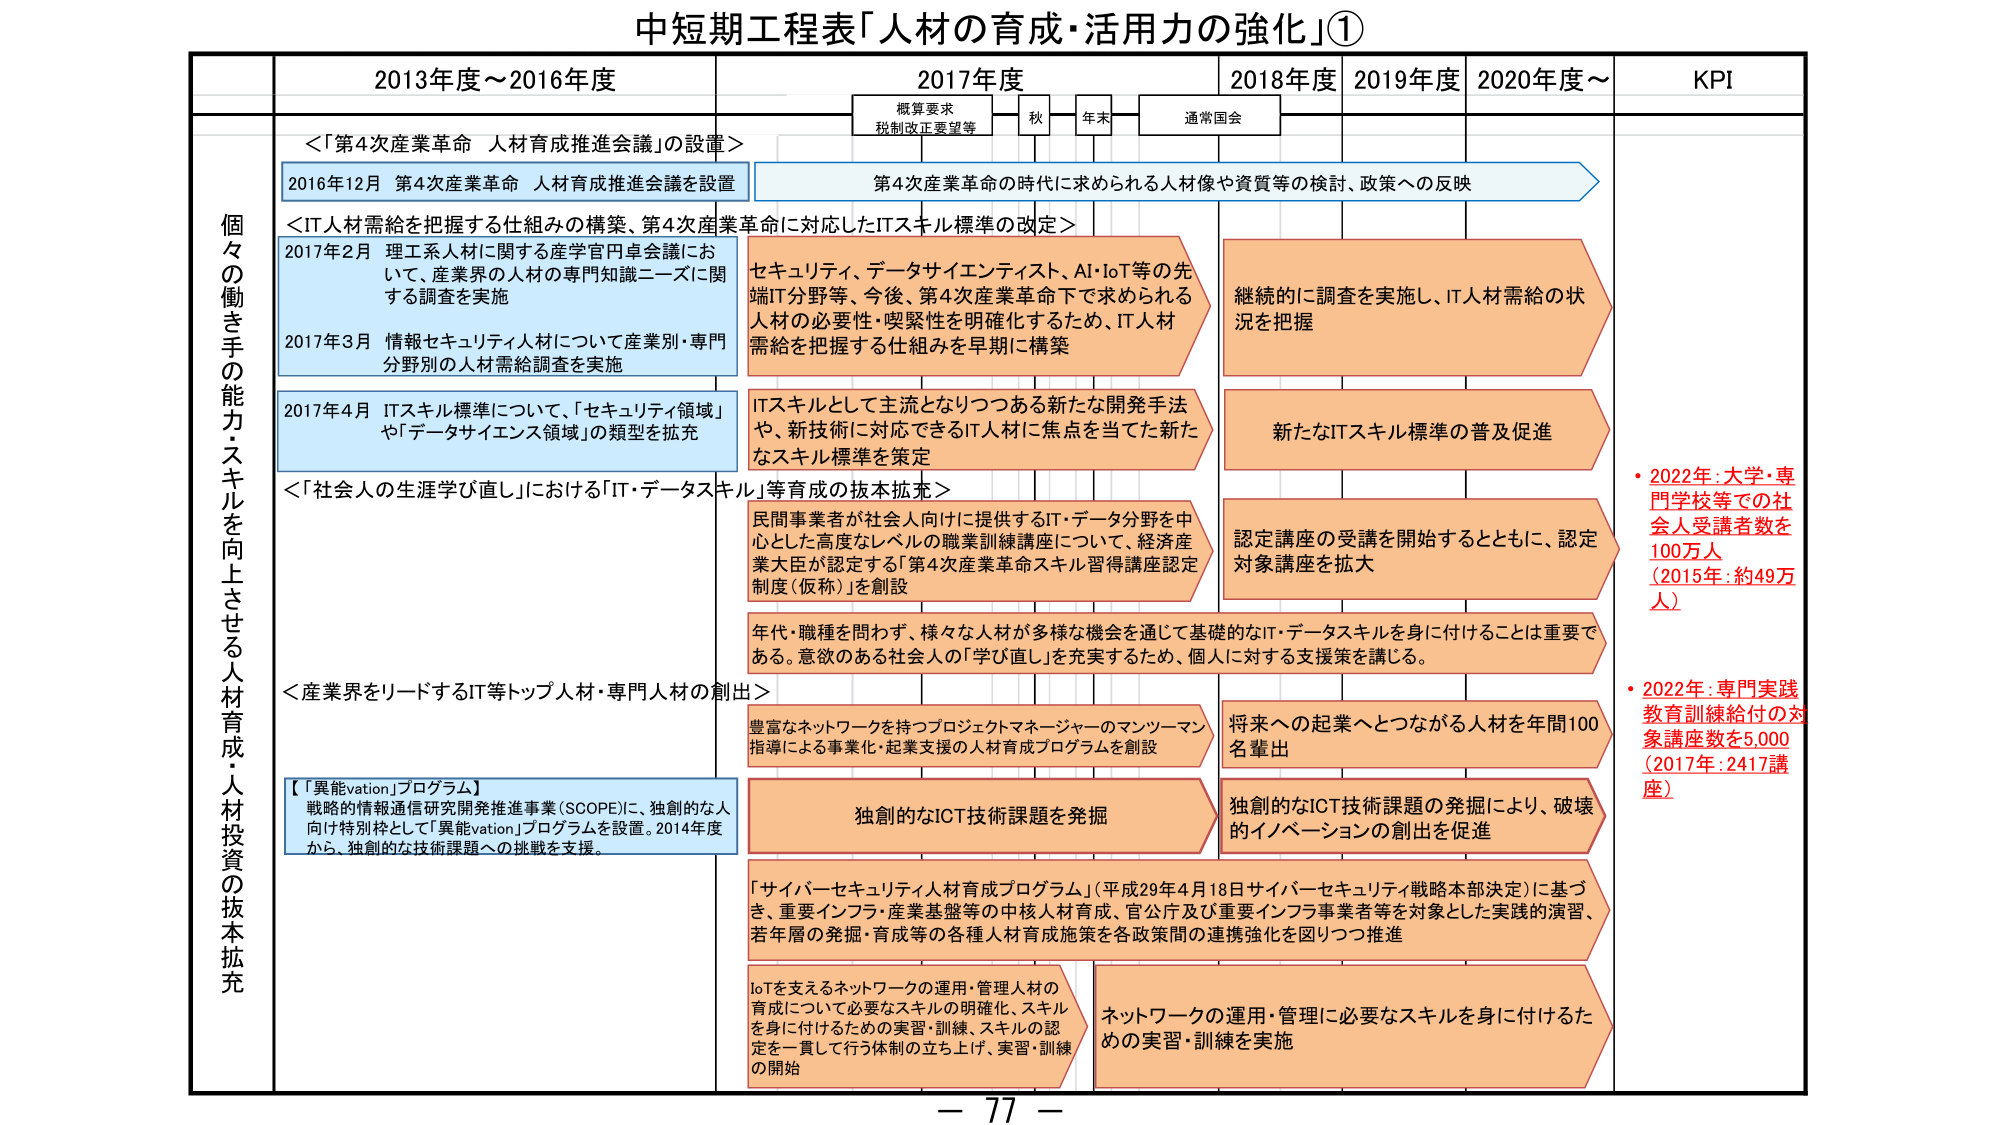
中短期工程表「人材の育成・活用力の強化」①

2013年度～2016年度
2017年度
2018年度
2019年度
2020年度～
KPI

概算要求
税制改正要望等
秋
年末
通常国会

個々の働き手の能力・スキルを向上させる人材育成・人材投資の抜本拡充

＜「第4次産業革命 人材育成推進会議」の設置＞
2016年12月 第4次産業革命 人材育成推進会議を設置
第4次産業革命の時代に求められる人材像や資質等の検討、政策への反映

＜IT人材需給を把握する仕組みの構築、第4次産業革命に対応したITスキル標準の改定＞
2017年2月 理工系人材に関する産学官円卓会議において、産業界の人材の専門知識ニーズに関する調査を実施
2017年3月 情報セキュリティ人材について産業別・専門分野別の人材需給調査を実施
2017年4月 ITスキル標準について、「セキュリティ領域」や「データサイエンス領域」の類型を拡充

セキュリティ、データサイエンティスト、AI・IoT等の先端IT分野等、今後、第4次産業革命下で求められる人材の必要性・喫緊性を明確化するため、IT人材需給を把握する仕組みを早期に構築

ITスキルとして主流となりつつある新たな開発手法や、新技術に対応できるIT人材に焦点を当てた新たなスキル標準を策定

継続的に調査を実施し、IT人材需給の状況を把握

新たなITスキル標準の普及促進

＜「社会人の生涯学び直し」における「IT・データスキル」等育成の抜本拡充＞
民間事業者が社会人向けに提供するIT・データ分野を中心とした高度なレベルの職業訓練講座について、経済産業大臣が認定する「第4次産業革命スキル習得講座認定制度（仮称）」を創設

年代・職種を問わず、様々な人材が多様な機会を通じて基礎的なIT・データスキルを身に付けることは重要である。意欲のある社会人の「学び直し」を充実するため、個人に対する支援策を講じる。

認定講座の受講を開始するとともに、認定対象講座を拡大

・2022年：大学・専門学校等での社会人受講者数を100万人（2017年：約49万人）

・2022年：専門実践教育訓練給付の対象講座数を5,000（2017年：2417講座）

＜産業界をリードするIT等トップ人材・専門人材の創出＞
【「異能vation」プログラム】
戦略的情報通信研究開発推進事業（SCOPE）に、独創的な人向け特別枠として「異能vation」プログラムを設置。2014年度から、独創的な技術課題への挑戦を支援。

豊富なネットワークを持つプロジェクトマネージャーのマンツーマン指導による事業化・起業支援の人材育成プログラムを創設

将来への起業へとつながる人材を年間100名輩出

独創的なICT技術課題を発掘

独創的なICT技術課題の発掘により、破壊的イノベーションの創出を促進

「サイバーセキュリティ人材育成プログラム」（平成29年4月18日サイバーセキュリティ戦略本部決定）に基づき、重要インフラ・産業基盤等の中核人材育成、官公庁及び重要インフラ事業者等を対象とした実践的演習、若年層の発掘・育成等の各種人材育成施策を各政策間の連携強化を図りつつ推進

IoTを支えるネットワークの運用・管理人材の育成について必要なスキルの明確化、スキルを身に付けるための実習・訓練、スキルの認定を一貫して行う体制の立ち上げ、実習・訓練の開始

ネットワークの運用・管理に必要なスキルを身に付けるための実習・訓練を実施

－ 77 －